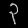
Digit: ၃